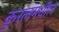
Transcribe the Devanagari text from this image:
कुरलमधील